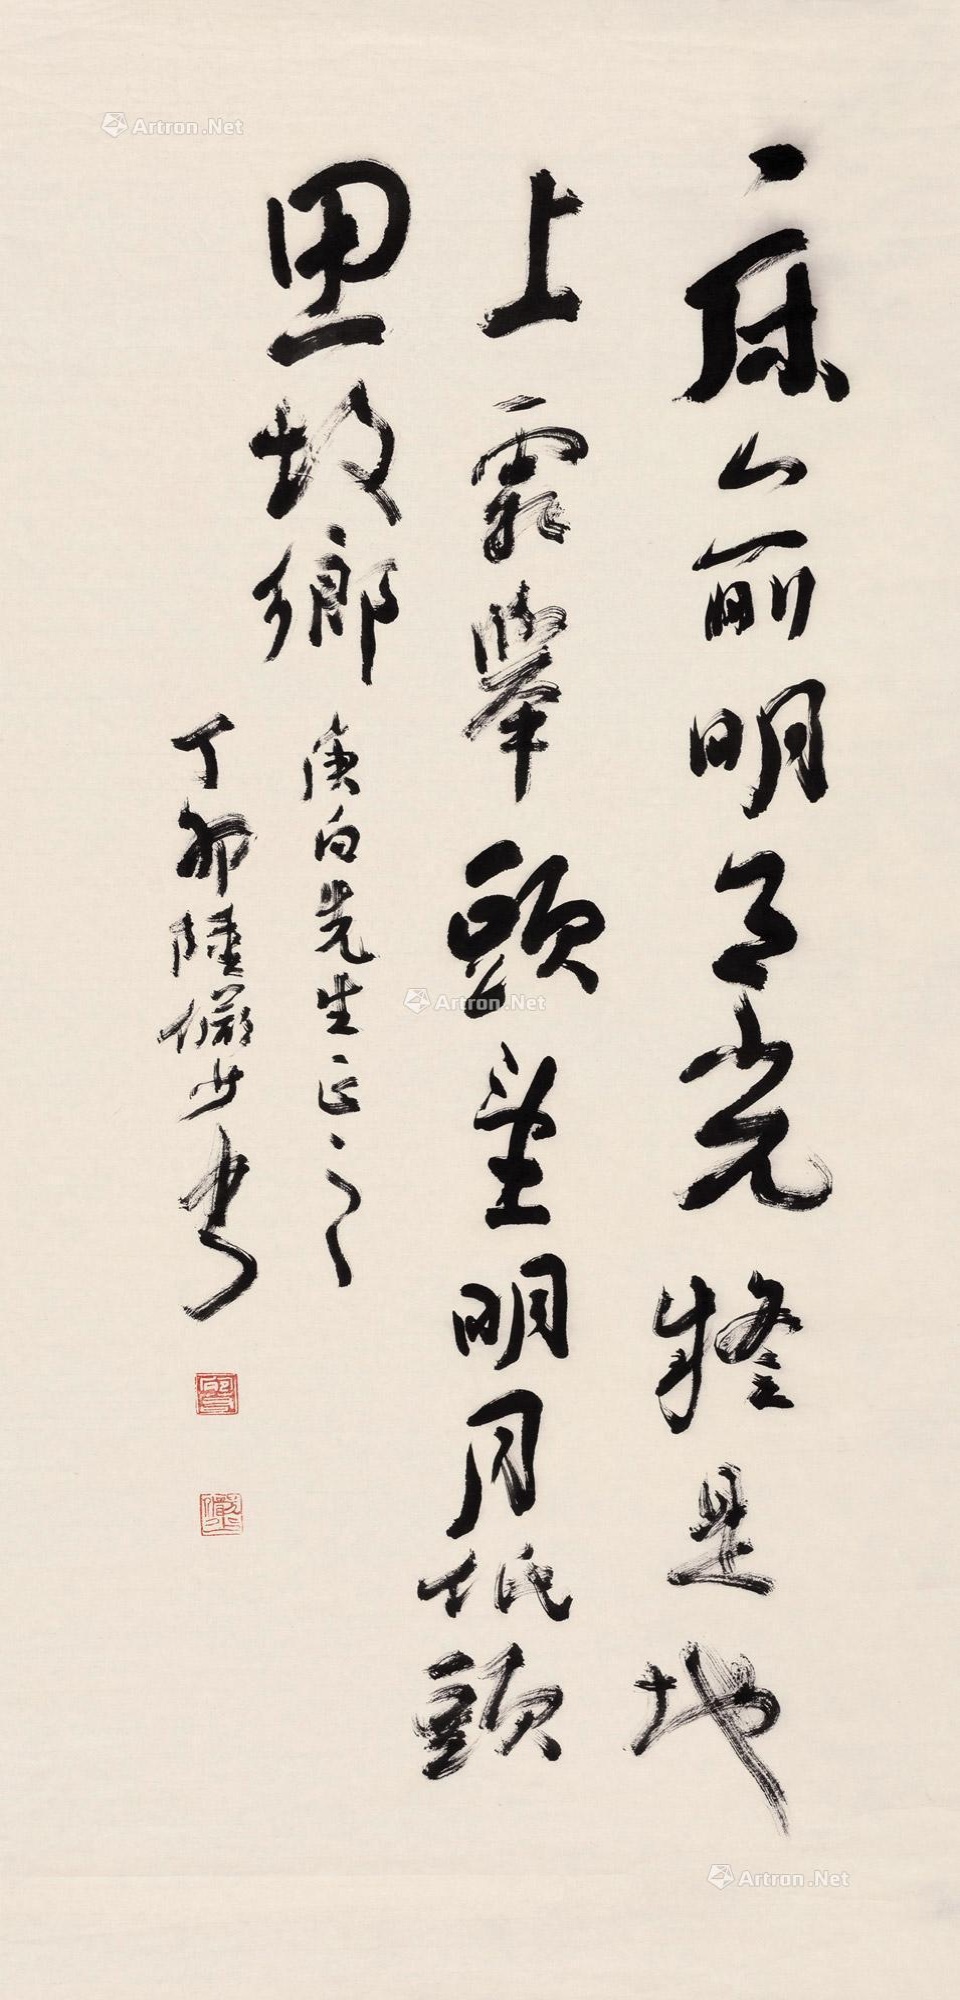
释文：床前明月光，疑是地上霜。举头望明月，低头思故乡。庚白先生正之，丁卯陆俨少书。